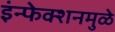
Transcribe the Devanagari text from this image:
इंन्फेक्शनमुळे